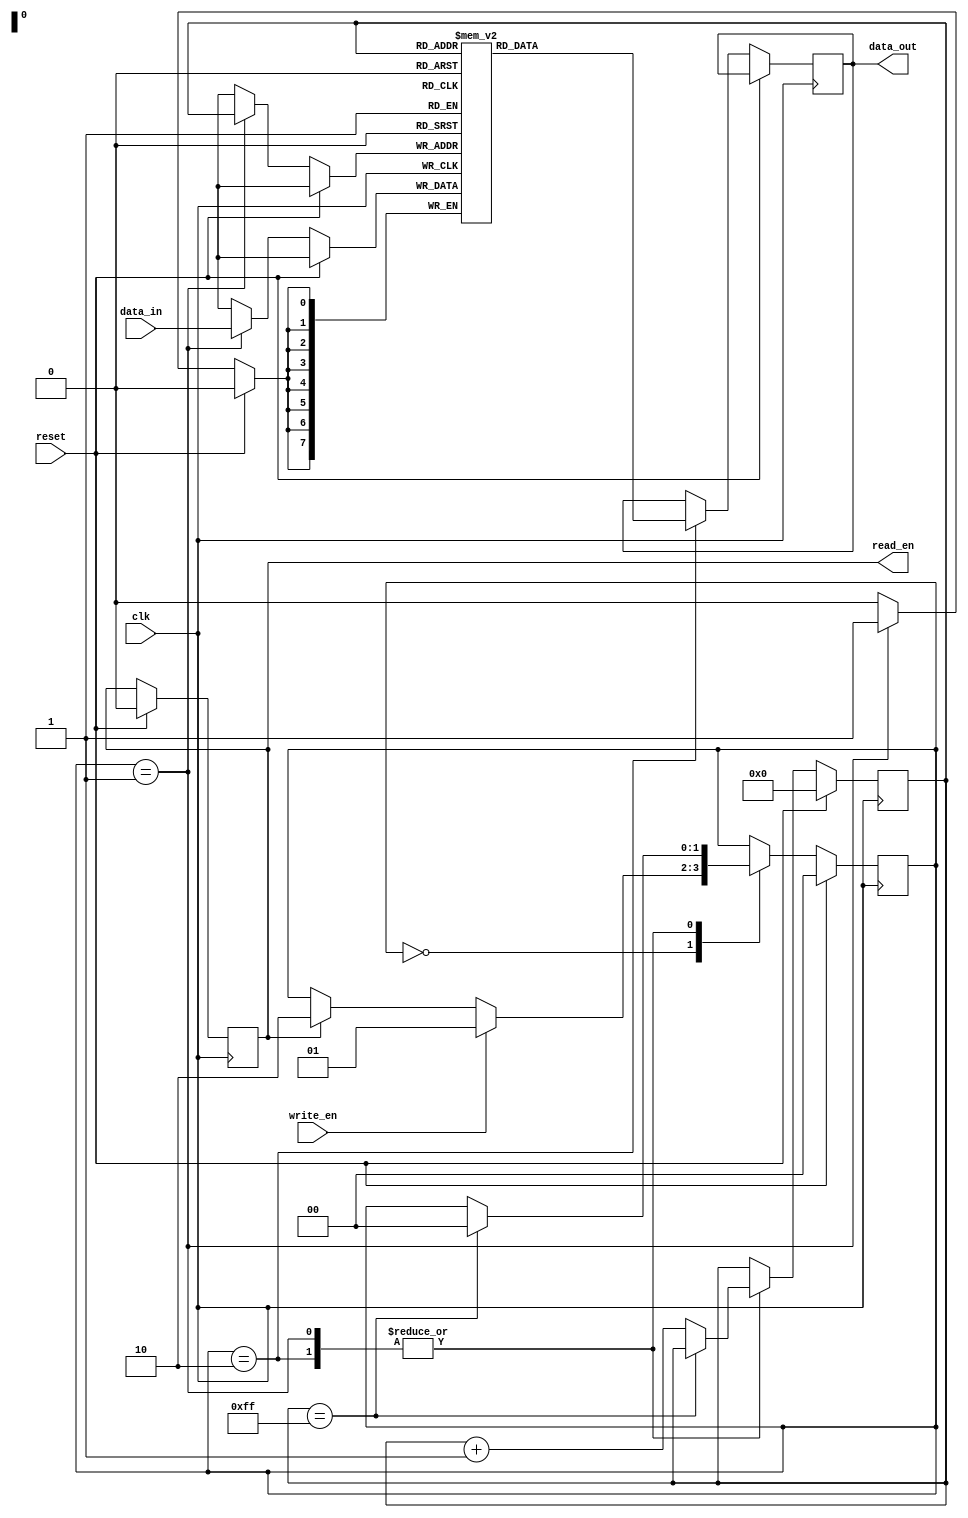
module NVRAM (
    input wire clk,       // Clock input
    input wire reset,     // Reset input
    input wire write_en,  // Write enable input
    input wire [7:0] data_in,  // Data input
    output reg [7:0] data_out, // Data output
    output reg read_en
);

reg [7:0] memory [0:255]; // Memory block with 256 bytes

reg [7:0] address_reg;    // Address register
reg [1:0] state;          // State register

always @(posedge clk) begin
    if (reset) begin
        address_reg <= 8'h00;
        state <= 2'b00;
        read_en <= 1'b0;
    end else begin
        case (state)
            2'b00: begin // Idle state
                if (write_en) begin
                    state <= 2'b01; // Write state
                end else if (read_en) begin
                    state <= 2'b10; // Read state
                end
            end
            2'b01: begin // Write state
                memory[address_reg] <= data_in;
                if(address_reg == 8'hff) begin
                    state <= 2'b00; // Return to idle state
                end else begin
                    address_reg <= address_reg + 8'h01;
                end
            end
            2'b10: begin // Read state
                data_out <= memory[address_reg];
                if(address_reg == 8'hff) begin
                    state <= 2'b00; // Return to idle state
                end else begin
                    address_reg <= address_reg + 8'h01;
                end
            end
        endcase
    end
end

endmodule